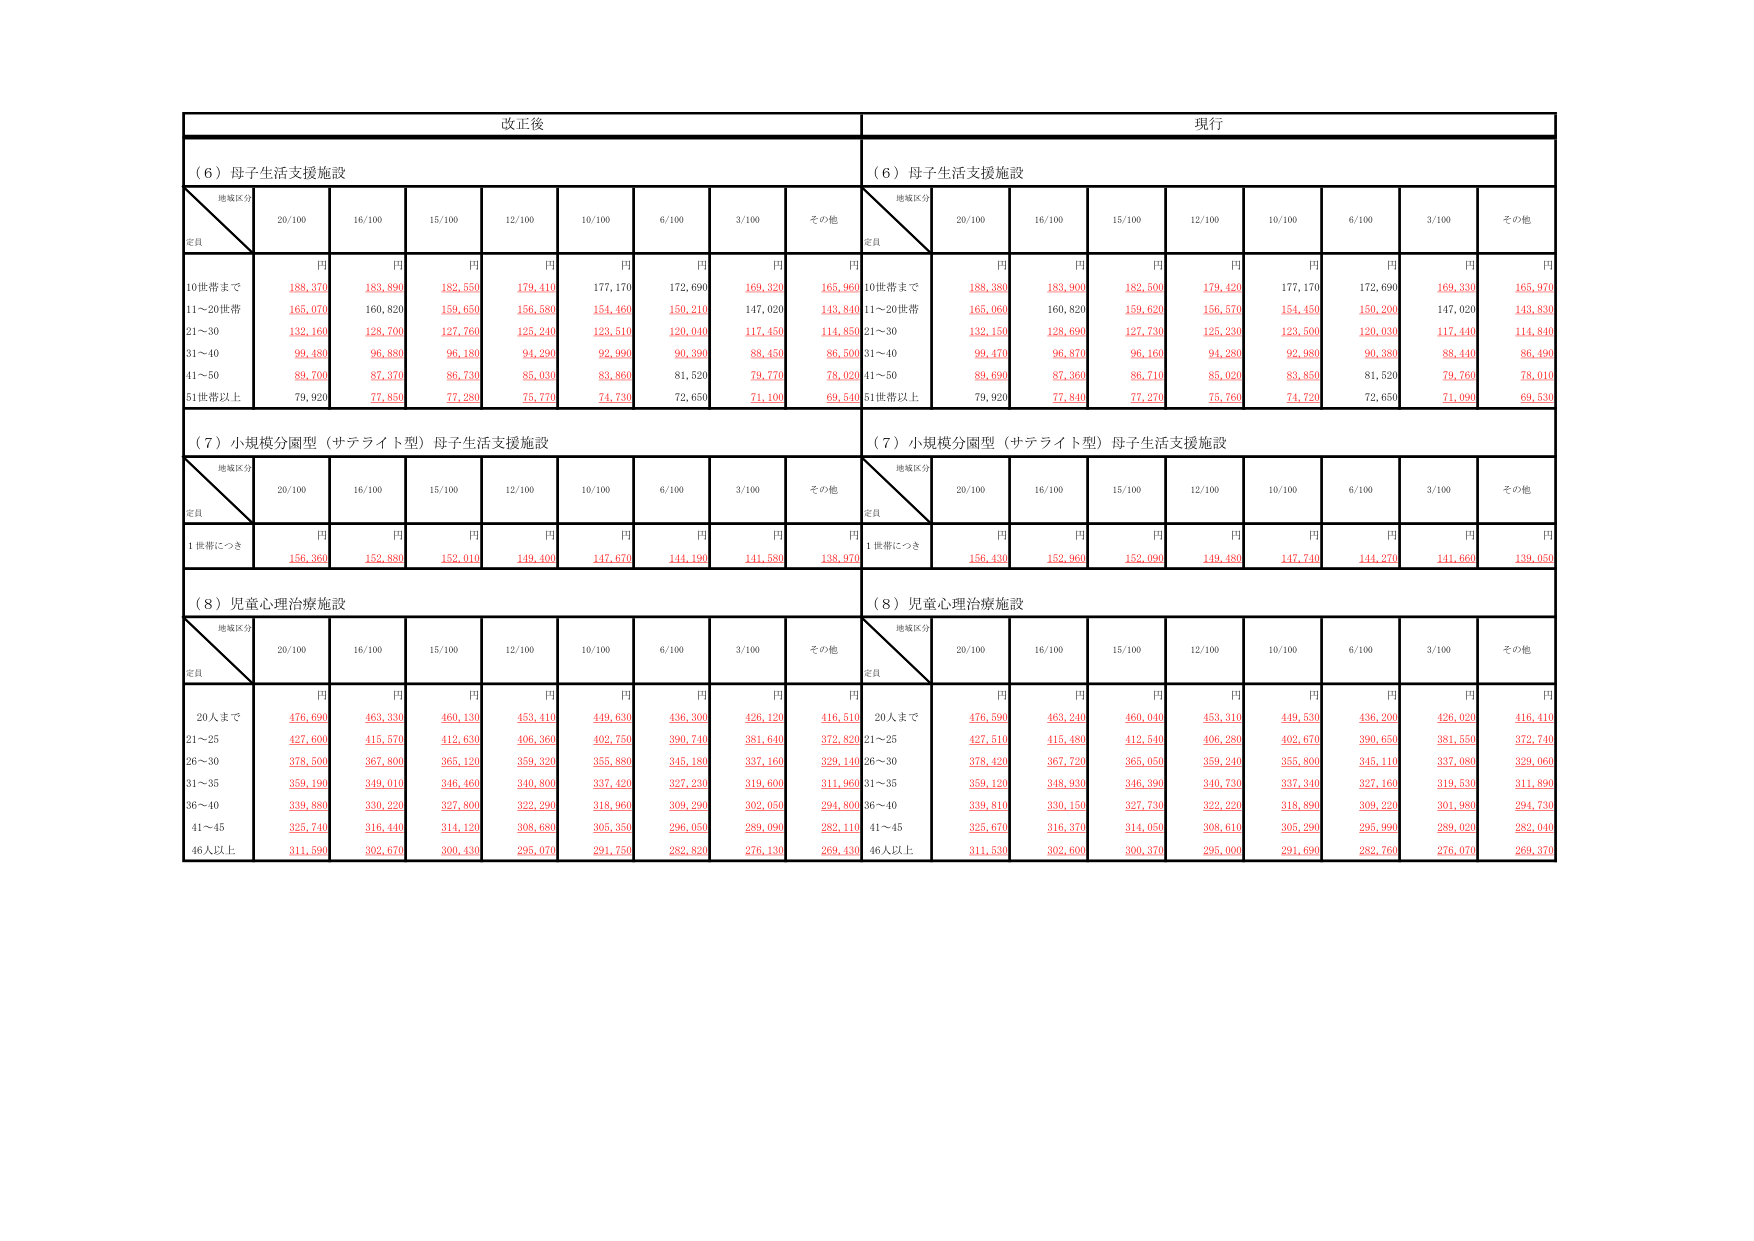
改正後
現行
（６）母子生活支援施設
（６）母子生活支援施設
地域区分
定員
20/100
16/100
15/100
12/100
10/100
6/100
3/100
その他
地域区分
定員
20/100
16/100
15/100
12/100
10/100
6/100
3/100
その他
円
円
円
円
円
円
円
円
円
円
円
円
円
円
円
円
円
円
10世帯まで
188,370
183,890
182,550
179,410
177,170
172,690
169,320
165,960
10世帯まで
188,380
183,900
182,560
179,420
177,170
172,690
169,330
165,970
11～20世帯
165,070
160,820
159,650
156,580
154,460
150,210
147,020
143,840
11～20世帯
165,060
160,820
159,620
156,570
154,450
150,200
147,020
143,830
21～30
132,160
128,700
127,760
125,240
123,510
120,040
117,450
114,850
21～30
132,150
128,690
127,730
125,230
123,500
120,030
117,440
114,840
31～40
99,480
96,880
96,180
94,230
92,990
90,390
88,450
86,500
31～40
99,470
96,870
96,160
94,280
92,980
90,380
88,440
86,490
41～50
89,700
87,370
86,730
85,030
83,860
81,520
79,770
78,020
41～50
89,690
87,360
86,710
85,020
83,850
81,520
79,760
78,010
51世帯以上
79,920
77,850
77,280
75,770
74,730
72,650
71,100
69,540
51世帯以上
79,920
77,840
77,270
75,760
74,720
72,650
71,090
69,530
（７）小規模分園型（サテライト型）母子生活支援施設
（７）小規模分園型（サテライト型）母子生活支援施設
地域区分
定員
20/100
16/100
15/100
12/100
10/100
6/100
3/100
その他
地域区分
定員
20/100
16/100
15/100
12/100
10/100
6/100
3/100
その他
円
円
円
円
円
円
円
円
円
円
円
円
円
円
円
円
円
円
1世帯につき
156,360
152,880
152,010
149,400
147,670
144,190
141,580
138,970
1世帯につき
156,430
152,960
152,090
149,480
147,740
144,270
141,660
139,050
（８）児童心理治療施設
（８）児童心理治療施設
地域区分
定員
20/100
16/100
15/100
12/100
10/100
6/100
3/100
その他
地域区分
定員
20/100
16/100
15/100
12/100
10/100
6/100
3/100
その他
円
円
円
円
円
円
円
円
円
円
円
円
円
円
円
円
円
円
20人まで
476,690
463,330
460,130
453,410
449,630
436,300
426,120
416,510
20人まで
476,590
463,240
460,040
453,310
449,530
436,200
426,020
416,410
21～25
427,600
415,570
412,630
406,360
402,750
390,740
381,640
372,820
21～25
427,510
415,480
412,540
406,280
402,670
390,650
381,550
372,740
26～30
378,500
367,800
365,120
359,320
355,880
345,180
337,160
329,140
26～30
378,420
367,720
365,050
359,240
355,800
345,110
337,080
329,060
31～35
359,190
349,010
346,460
340,800
337,420
327,230
319,600
311,960
31～35
359,120
348,930
346,390
340,730
337,340
327,160
319,530
311,890
36～40
339,880
330,220
327,800
322,290
318,960
309,290
302,050
294,800
36～40
339,810
330,150
327,730
322,220
318,890
309,220
301,980
294,730
41～45
325,740
316,440
314,120
308,680
305,350
296,050
289,090
282,110
41～45
325,670
316,370
314,050
308,610
305,290
295,990
289,020
282,040
46人以上
311,590
302,670
300,430
295,070
291,750
282,820
276,130
269,430
46人以上
311,530
302,600
300,370
295,000
291,690
282,760
276,070
269,370